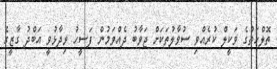
ތޮލްހަތުގެ ވަކީލް ކުރެއްވި ސުވާލުތަކަށް ޖަވާބު ދެއްވަމުން ފަސީހު ވިދާޅުވީ އަބްދު ގާޒީގެ